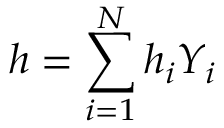
h = \sum _ { i = 1 } ^ { N } h _ { i } Y _ { i }